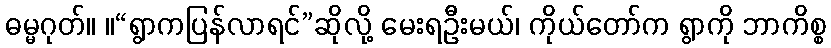
ဓမ္မဂုတ်။ ။“ရွာကပြန်လာရင်”ဆိုလို့ မေးရဦးမယ်၊ ကိုယ်တော်က ရွာကို ဘာကိစ္စ